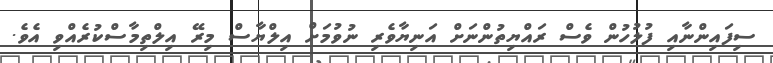
ސިފައިންނާއި ފުލުހުން ވެސް ރައްޔިތުންނަށް އަނިޔާވެރި ނުވުމަށް އިލްޔާސް މިރޭ އިލްތިމާސްކުރެއްވި އެވެ.